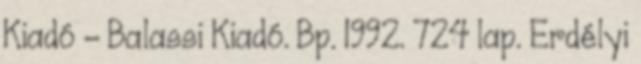
Kiadó – Balassi Kiadó. Bp. 1992. 724 lap. Erdélyi